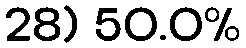
28) 50.0%